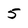
Character: 5